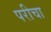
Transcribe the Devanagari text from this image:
परीचा